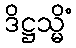
ဒိဋ္ဌသ္မိံ